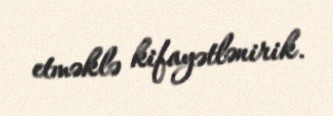
etməklə kifayətlənirik.